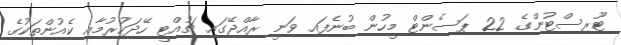
ޓޫރިސްޓުންގެ 22 ޕަސެންޓް މީހުން ބުނެފައި ވަނީ ރާއްޖޭގައި ޗުއްޓީ ހޭދަކުރުމާއި ކެއުންތަކުގެ